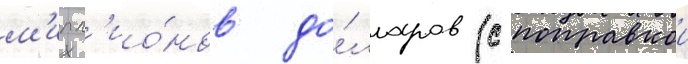
м'илл'ио́нов до́лларов (с поправкои